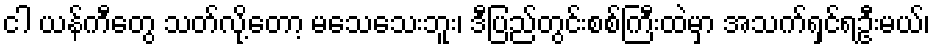
ငါ ယန်ကီတွေ သတ်လို့တော့ မသေသေးဘူး၊ ဒီပြည်တွင်းစစ်ကြီးထဲမှာ အသက်ရှင်ရဦးမယ်၊